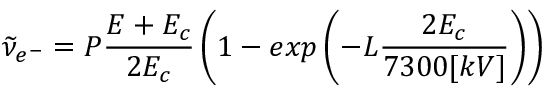
\widetilde { \nu } _ { e ^ { - } } = P \frac { E + E _ { c } } { 2 E _ { c } } \left( 1 - e x p \left( - L \frac { 2 E _ { c } } { 7 3 0 0 [ k V ] } \right) \right)